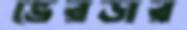
ভেরডার